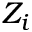
Z _ { i }